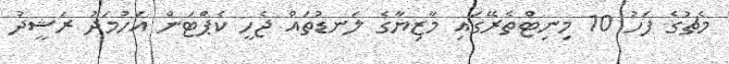
މެޗުގެ ފަހު 10 މިނިޓްތެރޭގައި މާޒިޔާގެ ލަނޑުތައް ޖެހީ ކެޕްޓަން އަހުމަދު ރަޝީދު